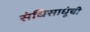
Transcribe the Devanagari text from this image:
संधिसाधूंची